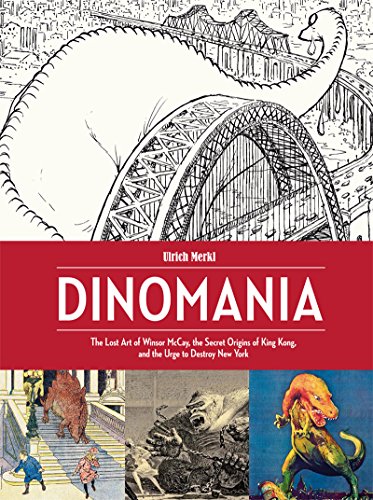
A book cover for Dinomania: The Lost Art of Winsor McCay, The Secret Origins of King Kong, and the Urge to Destroy New York; Winsor McCay; Comics & Graphic Novels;